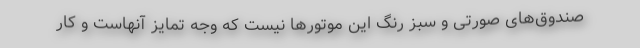
صندوق‌های صورتی و سبز رنگ این موتورها نیست که وجه تمایز آنهاست و کار